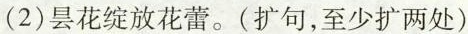
(2)昙花绽放花蕾。(扩句，至少扩两处)